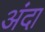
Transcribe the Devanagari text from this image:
अंदा